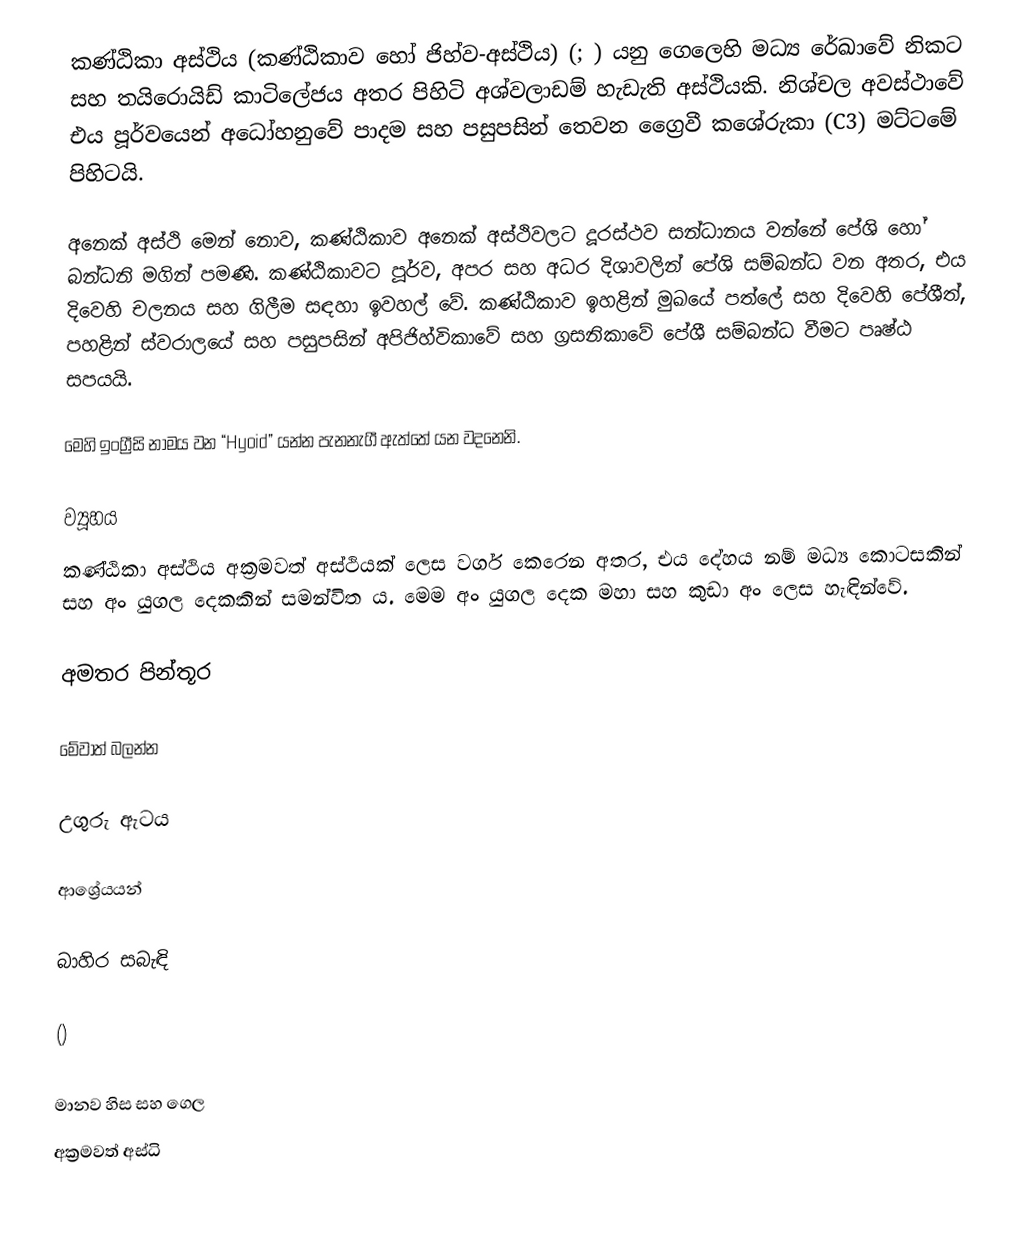
කණ්ඨිකා අස්ථිය (කණ්ඨිකාව හෝ ජිහ්ව-අස්ථිය) (; ) යනු ගෙලෙහි මධ්‍ය රේඛාවේ නිකට සහ තයිරොයිඩ් කාටිලේජය අතර පිහිටි අශ්වලාඩම් හැඩැති අස්ථියකි. නිශ්චල අවස්ථාවේ එය පූර්වයෙන් අධෝහනුවේ පාදම සහ පසුපසින් තෙවන ග්‍රෛවී කශේරුකා (C3) මට්ටමේ පිහිටයි.

අනෙක් අස්ථි මෙන් නොව, කණ්ඨිකාව අනෙක් අස්ථිවලට දූරස්ථව සන්ධානය වන්නේ පේශි හෝ බන්ධනි මගින් පමණි. කණ්ඨිකාවට පූර්ව, අපර සහ අධර දිශාවලින් පේශි ‍සම්බන්ධ වන අතර, එය දිවෙහි චලනය සහ ගිලීම සඳහා ඉවහල් වේ. කණ්ඨිකාව ඉහළින් මුඛයේ පත්ලේ සහ දිවෙහි පේශීත්, පහළින් ස්වරාලයේ සහ පසුපසින් අපිජිහ්විකාවේ සහ ග්‍රසනිකාවේ පේශී සම්බන්ධ වීමට පෘෂ්ඨ සපයයි.

මෙහි ඉංග්‍රීසි නාමය වන “Hyoid” යන්න පැනනැගී ඇත්තේ  යන වදනෙනි.

ව්‍යූහය
කණ්ඨිකා අස්ථිය අක්‍රමවත් අස්ථියක් ලෙස වර්ග කෙරෙන අතර, එය දේහය නම් මධ්‍ය කොටසකින් සහ අං යුගල දෙකකින් සමන්විත ය. මෙම අං යුගල දෙක මහා සහ කුඩා අං ලෙස හැඳින්වේ.

අමතර පින්තූර

මේවාත් බලන්න

 උගුරු ඇටය

ආශ්‍රේයයන්

බාහිර සබැඳි

 ()

මානව හිස සහ ගෙල
අක්‍රමවත් අස්ධි